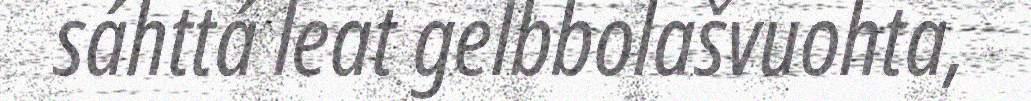
sáhttá leat gelbbolašvuohta,